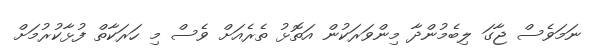
ނަމަވެސް ޖާގަ ލިބެމުންދާ މިންވަރަކުން އަތޮޅު ތެރެއަށް ވެސް މި ހަރަކާތް ފުޅާކުރުމަށް